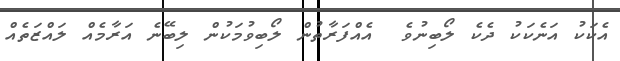
އެކަކު އަނެކަކު ދެކެ ލޯބިނުވެ  އެއްފަރާތުން ލޯބިވުމަކުން ލިބޭނެ އަރާމެއް ލައްޒަތެއް